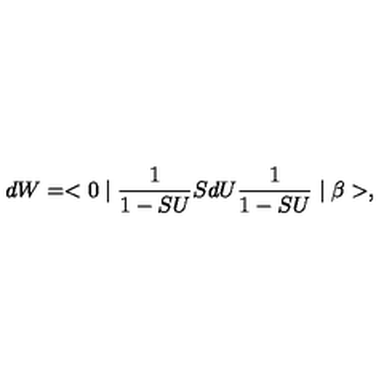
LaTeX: d W = < 0 \mid \frac { 1 } { 1 - S U } S d U \frac { 1 } { 1 - S U } \mid \beta > ,